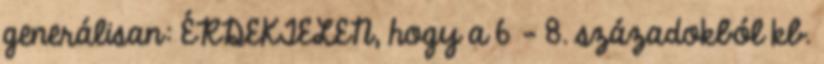
generálisan: ÉRDEKTELEN, hogy a 6 - 8. századokból kb.